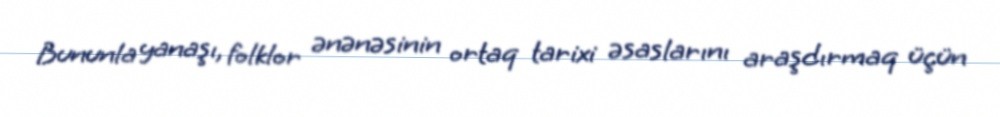
Bununla yanaşı, folklor ənənəsinin ortaq tarixi əsaslarını araşdırmaq üçün